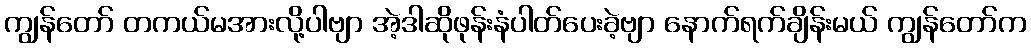
ကျွန်တော် တကယ်မအားလို့ပါဗျာ အဲ့ဒါဆိုဖုန်းနံပါတ်ပေးခဲ့ဗျာ နောက်ရက်ချိန်းမယ် ကျွန်တော်က